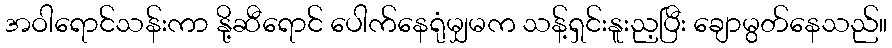
အဝါရောင်သန်းကာ နို့ဆီရောင် ပေါက်နေရုံမျှမက သန့်ရှင်းနူးည့ပြီး ချောမွတ်နေသည်။